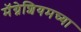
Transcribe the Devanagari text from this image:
मॅग्नेशियमच्या